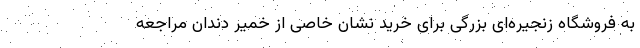
به فروشگاه زنجیره‌ای بزرگی برای خرید نشان خاصی از خمیر دندان مراجعه